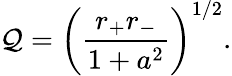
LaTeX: \mathcal{Q}=\left({\frac{{r_{+}r_{-}}}{{1+a^{2}}}}\right)^{1/2}.